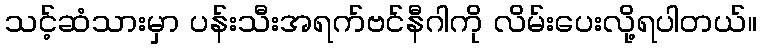
သင့်ဆံသားမှာ ပန်းသီးအရက်ဗင်နီဂါကို လိမ်းပေးလို့ရပါတယ်။